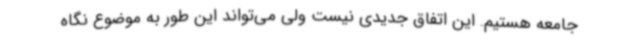
جامعه هستیم. این اتفاق جدیدی نیست ولی می‌تواند این طور به موضوع نگاه